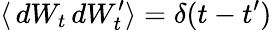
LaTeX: \langle\, dW_{t}\, dW_{t}^{\prime}\rangle=\delta(t-t^{\prime})